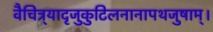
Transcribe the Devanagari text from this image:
वैचित्र्यादृजुकुटिलनानापथजुषाम्।